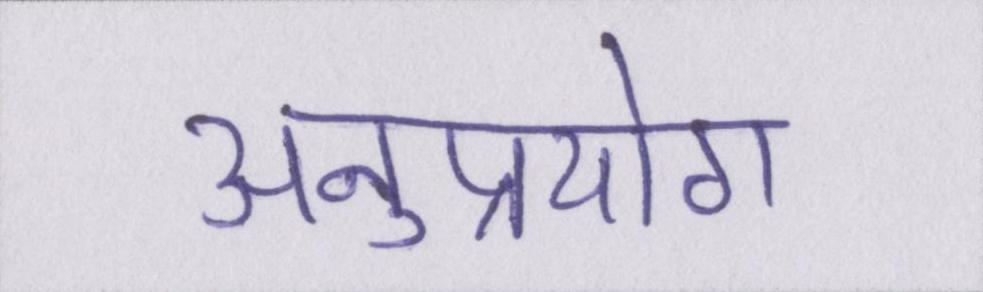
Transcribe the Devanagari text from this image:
अनुप्रयोग